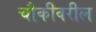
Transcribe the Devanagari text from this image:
चौकीवरील